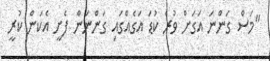
"މަސް ގަންނަ އަގަށް ވުރެ ކުޑަ އަގެއްގައި ގަންނަން ފެށީ އެކަން ކުރީ